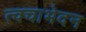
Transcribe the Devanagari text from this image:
त्वचाभेदन